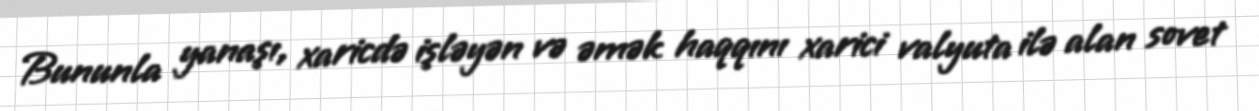
Bununla yanaşı, xaricdə işləyən və əmək haqqını xarici valyuta ilə alan sovet